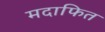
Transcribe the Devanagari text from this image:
मदाफित